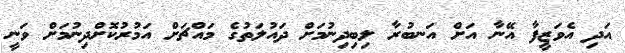
އަދި އެވަޒީފާ އޭނާ އަށް އަނބުރާ ލިބިދިނުމަށް ދައުލަތުގެ މައްޗަށް އަމުރުކޮށްދިނުމަށް ވަނީ